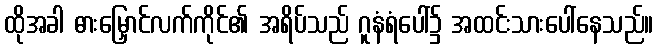
ထိုအခါ ဓားမြှောင်လက်ကိုင်၏ အရိပ်သည် ဂူနံရံပေါ်၌ အထင်းသားပေါ်နေသည်။